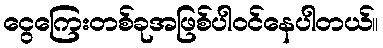
ငွေကြေးတစ်ခုအဖြစ်ပါဝင်နေပါတယ်။